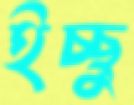
ইচ্ছু